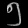
Digit: ၅